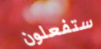
ستفعلون